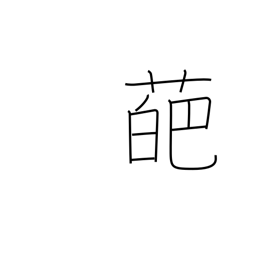
Meaning: petal